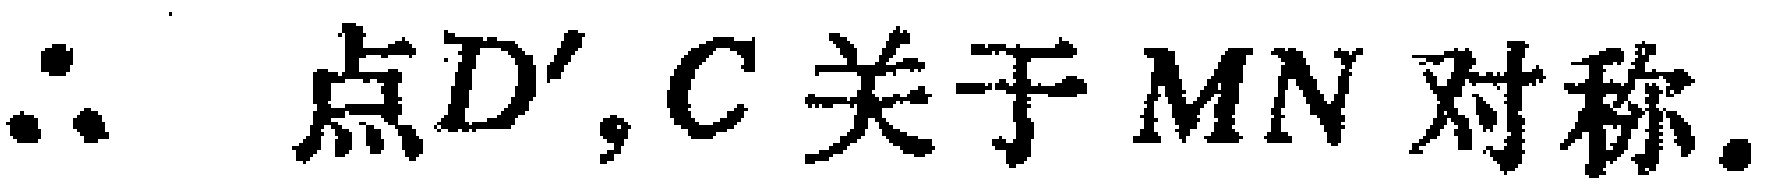
\(\therefore\) 点\(D',C\)关于\(MN\)对称.